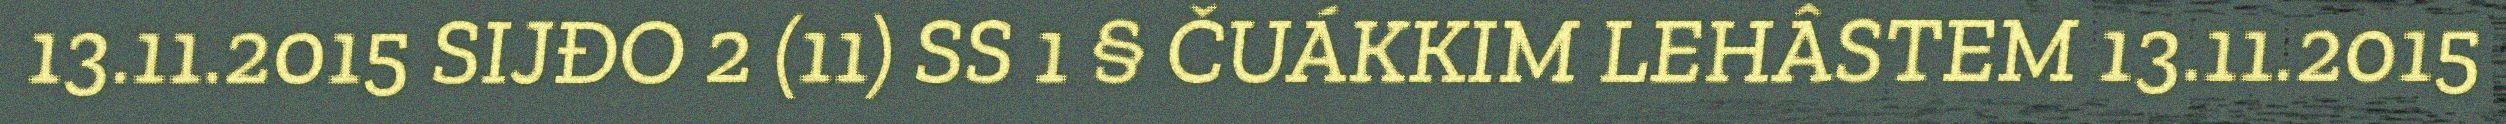
13.11.2015 SIJĐO 2 (11) SS 1 § ČUÁKKIM LEHÂSTEM 13.11.2015